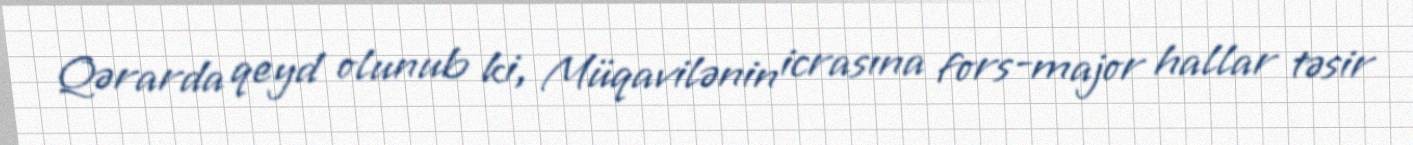
Qərarda qeyd olunub ki, Müqavilənin icrasına fors-major hallar təsir